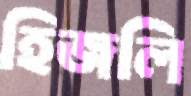
হিজলি